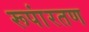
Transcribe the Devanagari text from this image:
रूपांरतण